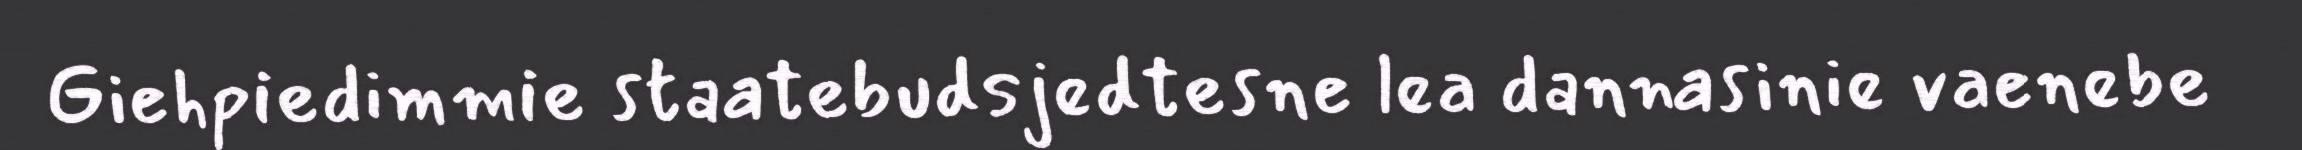
Giehpiedimmie staatebudsjedtesne lea dannasinie vaenebe